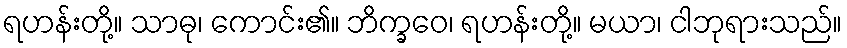
ရဟန်းတို့။ သာဓု၊ ကောင်း၏။ ဘိက္ခဝေ၊ ရဟန်းတို့။ မယာ၊ ငါဘုရားသည်။